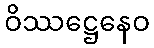
ဝိဿဋ္ဌေနေဝ